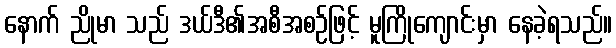
နောက် ညိုမာ သည် ဒယ်ဒီ၏အစီအစဉ်ဖြင့် မူကြိုကျောင်းမှာ နေခဲ့ရသည်။